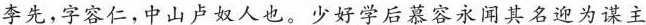
李先，字容仁，中山卢奴人也。少好学后慕容永闻其名迎为谋主